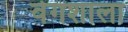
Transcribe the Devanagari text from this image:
वेगशाला